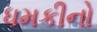
ધમકીનો